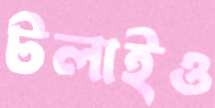
টলাইও